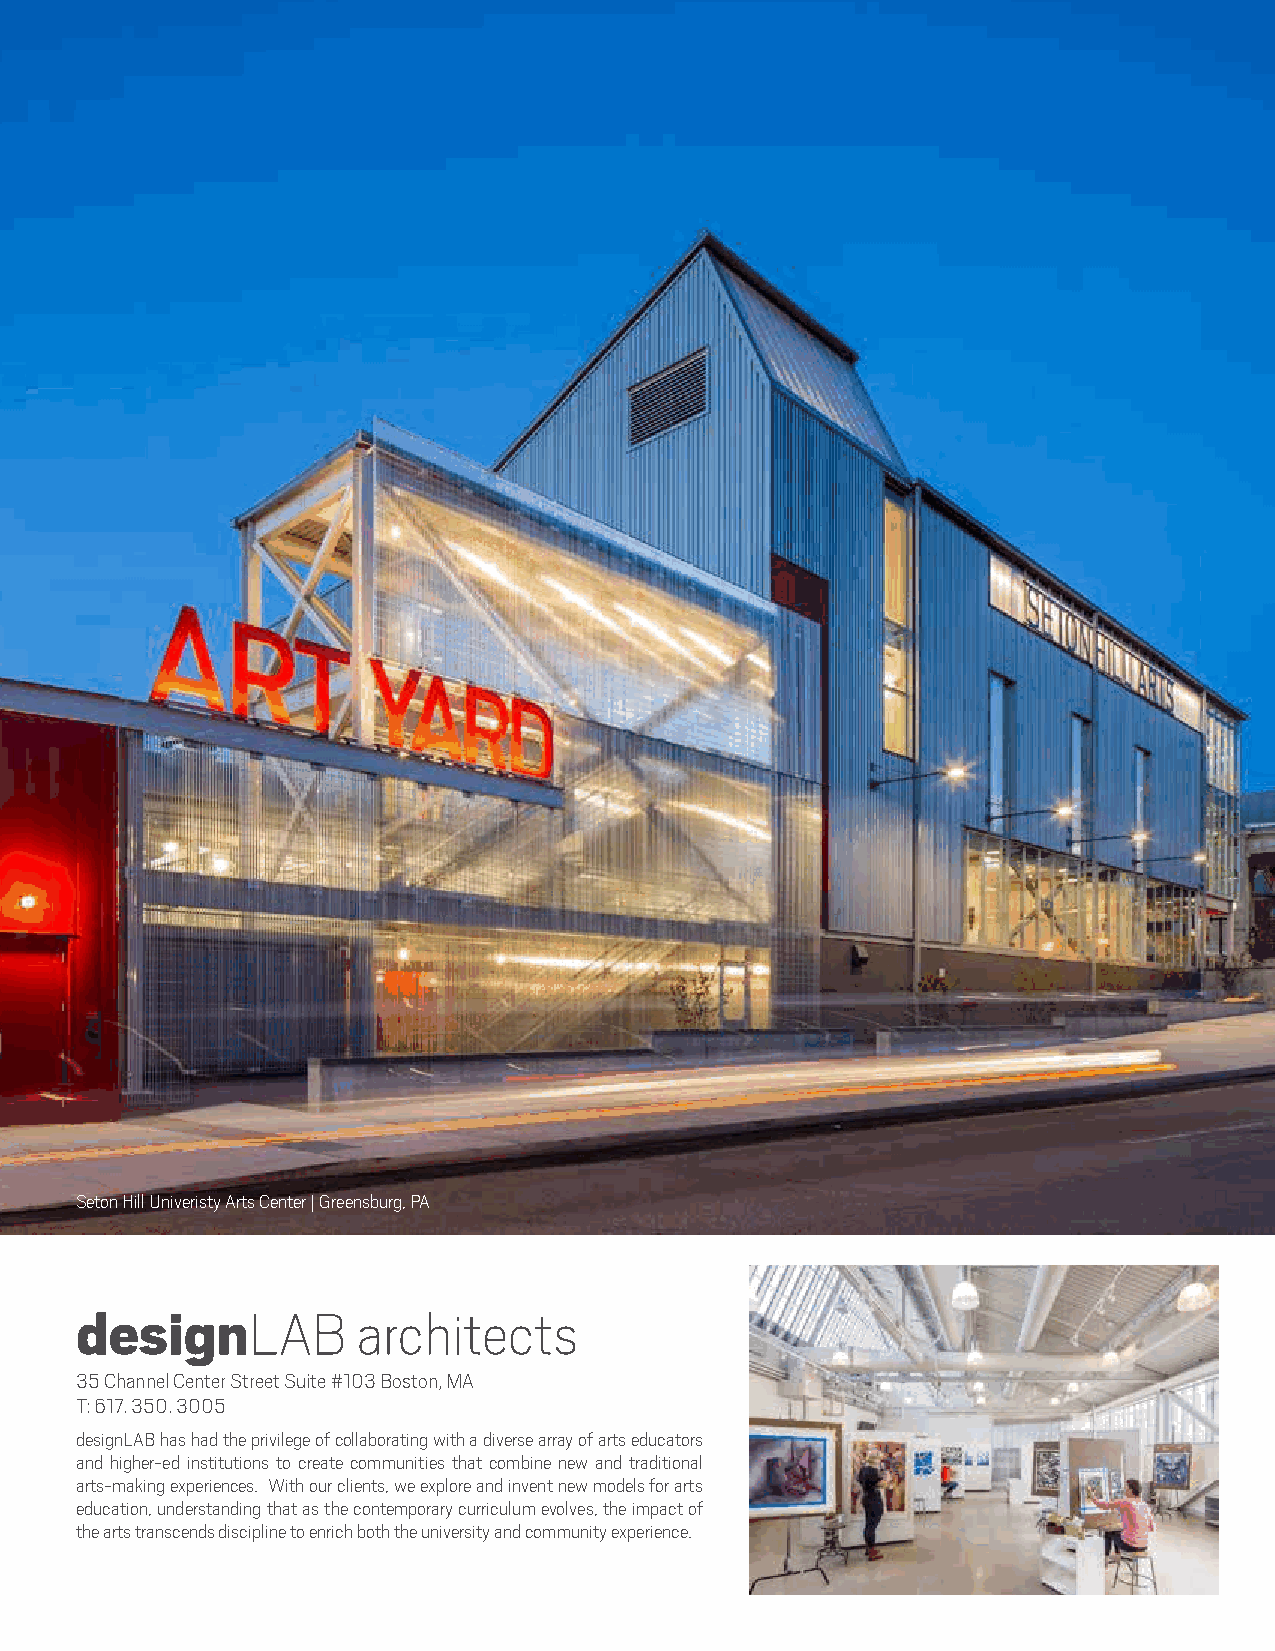
Seton Hill Univeristy Arts Center | Greensburg, PA
 designLAB          architects
 35 Channel Center Street Suite #103 Boston, MA
 T: 617. 350. 3005
 designLAB has had the privilege of collaborating with a diverse array of arts educators
 and higher-ed institutions to create communities that combine new and traditional
 arts-making experiences. With our clients, we explore and invent new models for arts
 education, understanding that as the contemporary curriculum evolves, the impact of
 the arts transcends discipline to enrich both the university and community experience.